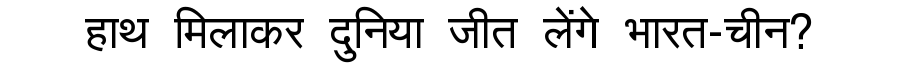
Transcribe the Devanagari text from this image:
हाथ मिलाकर दुनिया जीत लेंगे भारत-चीन?